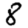
Digit: 8